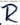
Text: R